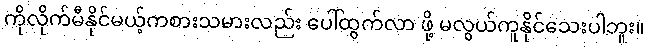
ကိုလိုက်မီနိုင်မယ့်ကစားသမားလည်း ပေါ်ထွက်လာ ဖို့ မလွယ်ကူနိုင်သေးပါဘူး။